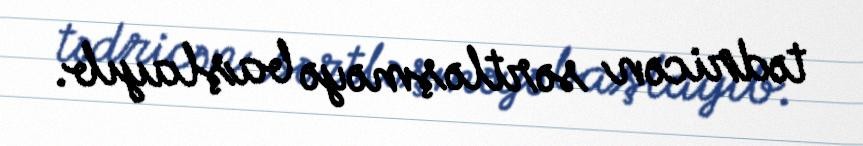
tədricən sərtləşməyə başlayıb.